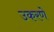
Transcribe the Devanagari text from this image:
उकरणे